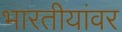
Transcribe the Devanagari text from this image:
भारतीयांवर